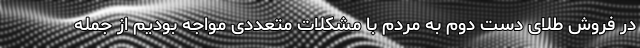
در فروش طلای دست دوم به مردم با مشکلات متعددی مواجه بودیم از جمله